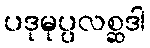
ပဒုမုပ္ပလစ္ဆဒါ